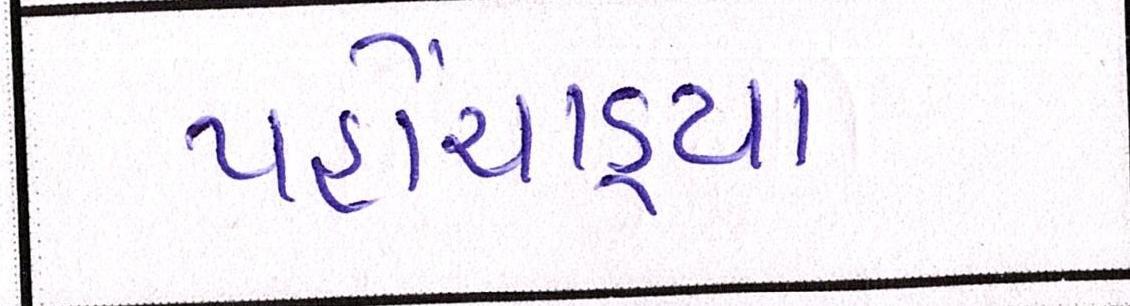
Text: પહોંચાડ્યા